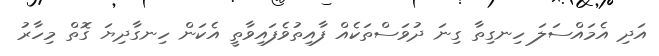
އަދި އެމައްސަލަ ހިނގިތާ ގިނަ ދުވަސްތަކެއް ފާއިތުވެފައިވާތީ އެކަން ހިނގާދިޔަ ގޮތް މިހާރު